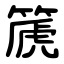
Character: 篪